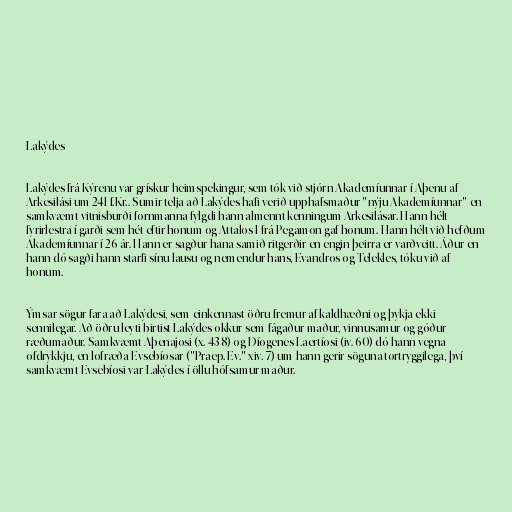
Lakýdes

Lakýdes frá Kýrenu var grískur heimspekingur, sem tók við stjórn Akademíunnar í Aþenu af
Arkesilási um 241 f.Kr.. Sumir telja að Lakýdes hafi verið upphafsmaður "nýju Akademíunnar" en
samkvæmt vitnisburði fornmanna fylgdi hann almennt kenningum Arkesilásar. Hann hélt
fyrirlestra í garði sem hét eftir honum og Attalos I frá Pegamon gaf honum. Hann hélt við hefðum
Akademíunnar í 26 ár. Hann er sagður hana samið ritgerðir en engin þeirra er varðveitt. Áður en
hann dó sagði hann starfi sínu lausu og nemendur hans, Evandros og Telekles, tóku við af
honum.

Ýmsar sögur fara að Lakýdesi, sem einkennast öðru fremur af kaldhæðni og þykja ekki
sennilegar. Að öðru leyti birtist Lakýdes okkur sem fágaður maður, vinnusamur og góður
ræðumaður. Samkvæmt Aþenajosi (x. 438) og Díogenes Laertíosi (iv. 60) dó hann vegna
ofdrykkju, en lofræða Evsebíosar ("Praep. Ev." xiv. 7) um hann gerir söguna tortryggilega, því
samkvæmt Evsebíosi var Lakýdes í öllu hófsamur maður.